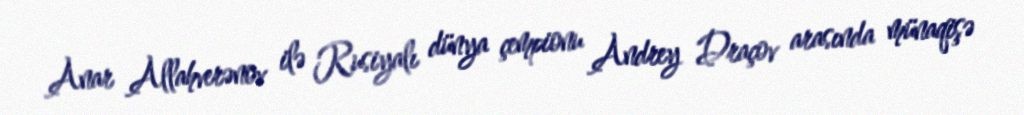
Anar Allahverənov ilə Rusiyalı dünya çempionu Andrey Draçov arasında münaqişə